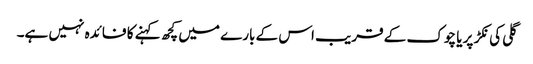
گلی کی نکڑ پر یا چوک کے قریب اس کے بارے میں کچھ کہنے کا فائدہ نہیں ہے۔